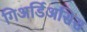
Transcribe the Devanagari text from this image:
गिअर्डिअसिस